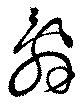
辞